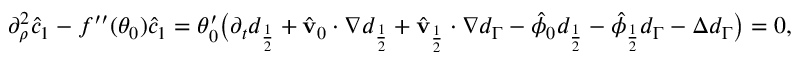
\begin{array} { r } { \partial _ { \rho } ^ { 2 } \hat { c } _ { 1 } - f ^ { \prime \prime } ( \theta _ { 0 } ) \hat { c } _ { 1 } = \theta _ { 0 } ^ { \prime } \big ( \partial _ { t } d _ { \frac { 1 } { 2 } } + \hat { \mathbf { v } } _ { 0 } \cdot \nabla d _ { \frac { 1 } { 2 } } + \hat { \mathbf { v } } _ { \frac { 1 } { 2 } } \cdot \nabla d _ { \Gamma } - \hat { \phi } _ { 0 } d _ { \frac { 1 } { 2 } } - \hat { \phi } _ { \frac { 1 } { 2 } } d _ { \Gamma } - \Delta d _ { \Gamma } \big ) = 0 , } \end{array}